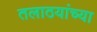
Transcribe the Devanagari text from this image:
तलाठयांच्या